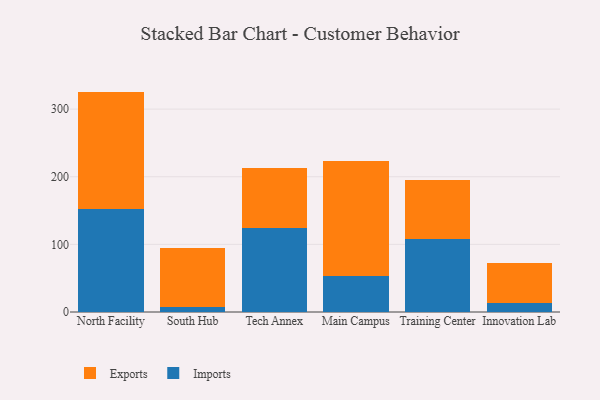
{"axis": {"x": "Campus", "y": "Headcount"}, "legend": ["Exports", "Imports"], "data": [{"x": "North Facility", "y": 152.1, "type": "Imports"}, {"x": "North Facility", "y": 173.8, "type": "Exports"}, {"x": "South Hub", "y": 7.4, "type": "Imports"}, {"x": "South Hub", "y": 87.1, "type": "Exports"}, {"x": "Tech Annex", "y": 124.5, "type": "Imports"}, {"x": "Tech Annex", "y": 88.8, "type": "Exports"}, {"x": "Main Campus", "y": 53.7, "type": "Imports"}, {"x": "Main Campus", "y": 169.7, "type": "Exports"}, {"x": "Training Center", "y": 108.4, "type": "Imports"}, {"x": "Training Center", "y": 86.9, "type": "Exports"}, {"x": "Innovation Lab", "y": 13.7, "type": "Imports"}, {"x": "Innovation Lab", "y": 59.1, "type": "Exports"}]}